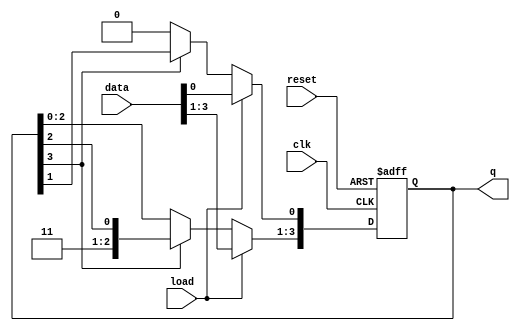
module loadable_ring_counter #(
    parameter N = 4    // Define the number of bits in the counter
) (
    input wire clk,           // Clock signal
    input wire reset,         // Asynchronous reset signal
    input wire load,          // Load control signal
    input wire [N-1:0] data,  // Input data for loading
    output reg [N-1:0] q      // Output state of the counter
);

    // Sequential logic for the Loadable Ring Counter
    always @(posedge clk or posedge reset) begin
        if (reset) begin
            // On reset, initialize to default state (e.g., single '1' at the least significant bit)
            q <= 1'b1; // Only LSB is '1', others are '0'
        end else if (load) begin
            // When load is high, load the value from data
            q <= data;
        end else begin
            // Shift the '1' to the next position in ring counter mode
            // A simple way to achieve circular shift
            q <= {q[N-2:0], q[N-1]};
            q[0] <= 1'b0; // Clear LSB to ensure only one '1'
            // Shift the '1' to the right (circular shift)
            if (q[N-1] == 1'b1) begin
                q <= {1'b1, q[N-1:1]}; // If the last bit was '1', wrap around to the start
            end
        end
    end
endmodule